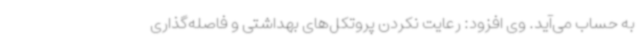
به حساب می‌آید. وی افزود: رعایت نکردن پروتکل‌های بهداشتی و فاصله‌گذاری